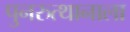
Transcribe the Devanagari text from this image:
पुनरुत्थानाला